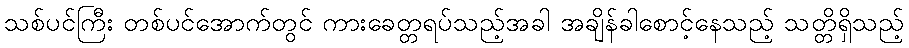
သစ်ပင်ကြီး တစ်ပင်အောက်တွင် ကားခေတ္တရပ်သည့်အခါ အချိန်ခါစောင့်နေသည့် သတ္တိရှိသည့်